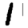
Digit: 1